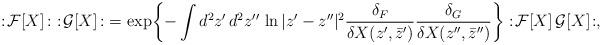
LaTeX: \begin{align*}:\! {\cal F}[X] \! :\,\, :\! {\cal G}[X] \! :\ =\exp\biggl\{ -\int d^2z'\,d^2 z'' \, \ln|z'-z''|^2\frac{\delta_F}{\delta X(z',\bar z')}\frac{\delta_G}{\delta X(z'',\bar z'')} \biggr\}:\! {\cal F}[X]\,{\cal G}[X] \! :,\end{align*}